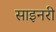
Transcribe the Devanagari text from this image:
साइनरी